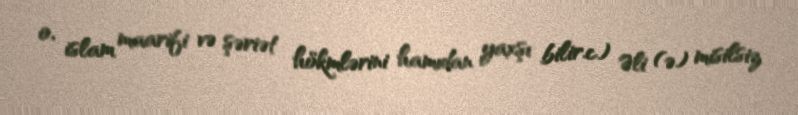
o, islam maarifi və şəriət hökmlərini hamıdan yaxşı bilir.c) Əli (ə) misilsiz